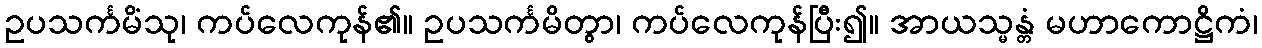
ဥပသင်္ကမိံသု၊ ကပ်လေကုန်၏။ ဥပသင်္ကမိတွာ၊ ကပ်လေကုန်ပြီး၍။ အာယသ္မန္တံ မဟာကောဋ္ဌိကံ၊